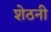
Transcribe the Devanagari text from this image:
शेठनी